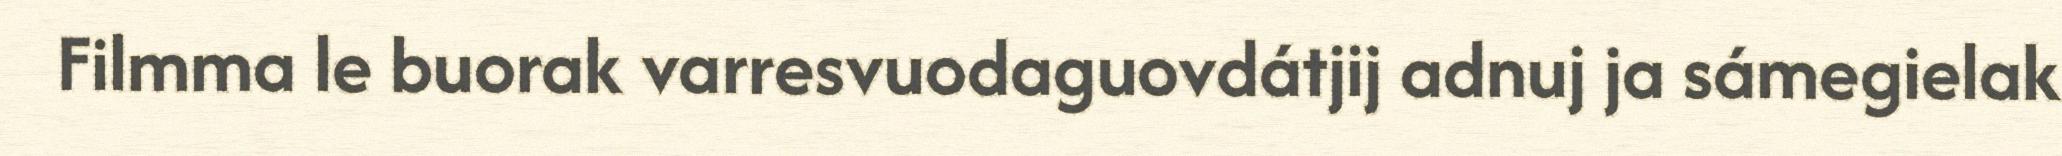
Filmma le buorak varresvuodaguovdátjij adnuj ja sámegielak